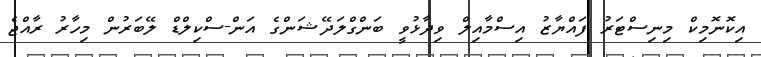
އިކޮނޮމިކް މިނިސްޓަރު ފައްޔާޒު އިސްމާއިލް ވިދާޅުވީ ބަންގްލަދޭޝަންގެ އަން-ސްކިލްޑް ލޭބަރުން މިހާރު ރާއްޖެ